Elephants and their diseases
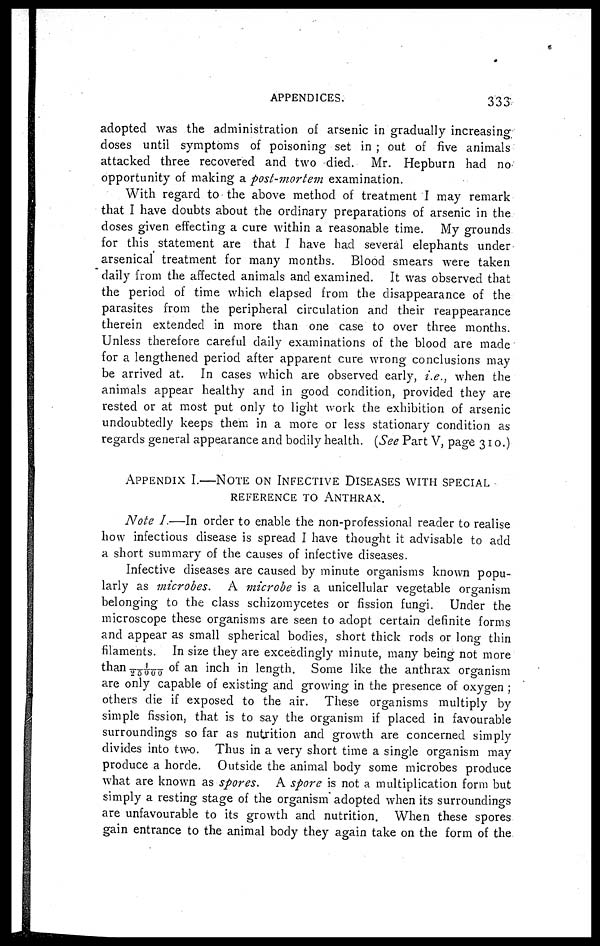
APPENDICES.
333
adopted was the administration of arsenic in gradually increasing
doses until symptoms of poisoning set in ; out of five animals
attacked three recovered and two died. Mr. Hepburn had no
opportunity of making a post-mortem examination.
With regard to the above method of treatment I may remark
that I have doubts about the ordinary preparations of arsenic in the
doses given effecting a cure within a reasonable time. My grounds
for this statement are that I have had several elephants under
arsenical treatment for many months. Blood smears were taken
daily from the affected animals and examined. It was observed that
the period of time which elapsed from the disappearance of the
parasites from the peripheral circulation and their reappearance
therein extended in more than one case to over three months.
Unless therefore careful daily examinations of the blood are made
for a lengthened period after apparent cure wrong conclusions may
be arrived at. In cases which are observed early, i.e., when the
animals appear healthy and in good condition, provided they are
rested or at most put only to light work the exhibition of arsenic
undoubtedly keeps them in a more or less stationary condition as
regards general appearance and bodily health. (See Part V, page 310.)
APPENDIX I.—NOTE ON INFECTIVE DISEASES WITH SPECIAL
REFERENCE TO ANTHRAX.
Note I.—In order to enable the non-professional reader to realise
how infectious disease is spread I have thought it advisable to add
a short summary of the causes of infective diseases.
Infective diseases are caused by minute organisms known popu-
larly as microbes.
A microbe is a unicellular vegetable organism
belonging to the class schizomycetes or fission fungi. Under the
microscope these organisms are seen to adopt certain definite forms
and appear as small spherical bodies, short thick rods or long thin
filaments. In size they are exceedingly minute, many being not more
than 1/25000 of an inch in length. Some like the anthrax organism
are only capable of existing and growing in the presence of oxygen ;
others die if exposed to the air. These organisms multiply by
simple fission, that is to say the organism if placed in favourable
surroundings so far as nutrition and growth are concerned simply
divides into two. Thus in a very short time a single organism may
produce a horde. Outside the animal body some microbes produce
what are known as spores. A spore is not a multiplication form but
simply a resting stage of the organism adopted when its surroundings
are unfavourable to its growth and nutrition. When these spores
gain entrance to the animal body they again take on the form of the